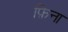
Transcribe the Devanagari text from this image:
फ़िना